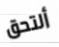
ألتحق